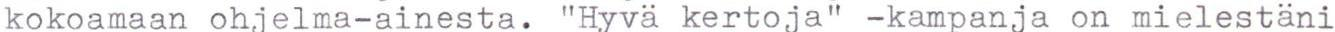
kokoamaan ohjelma-ainesta. "Hyvä kertoja" -kampanja on mielestäni